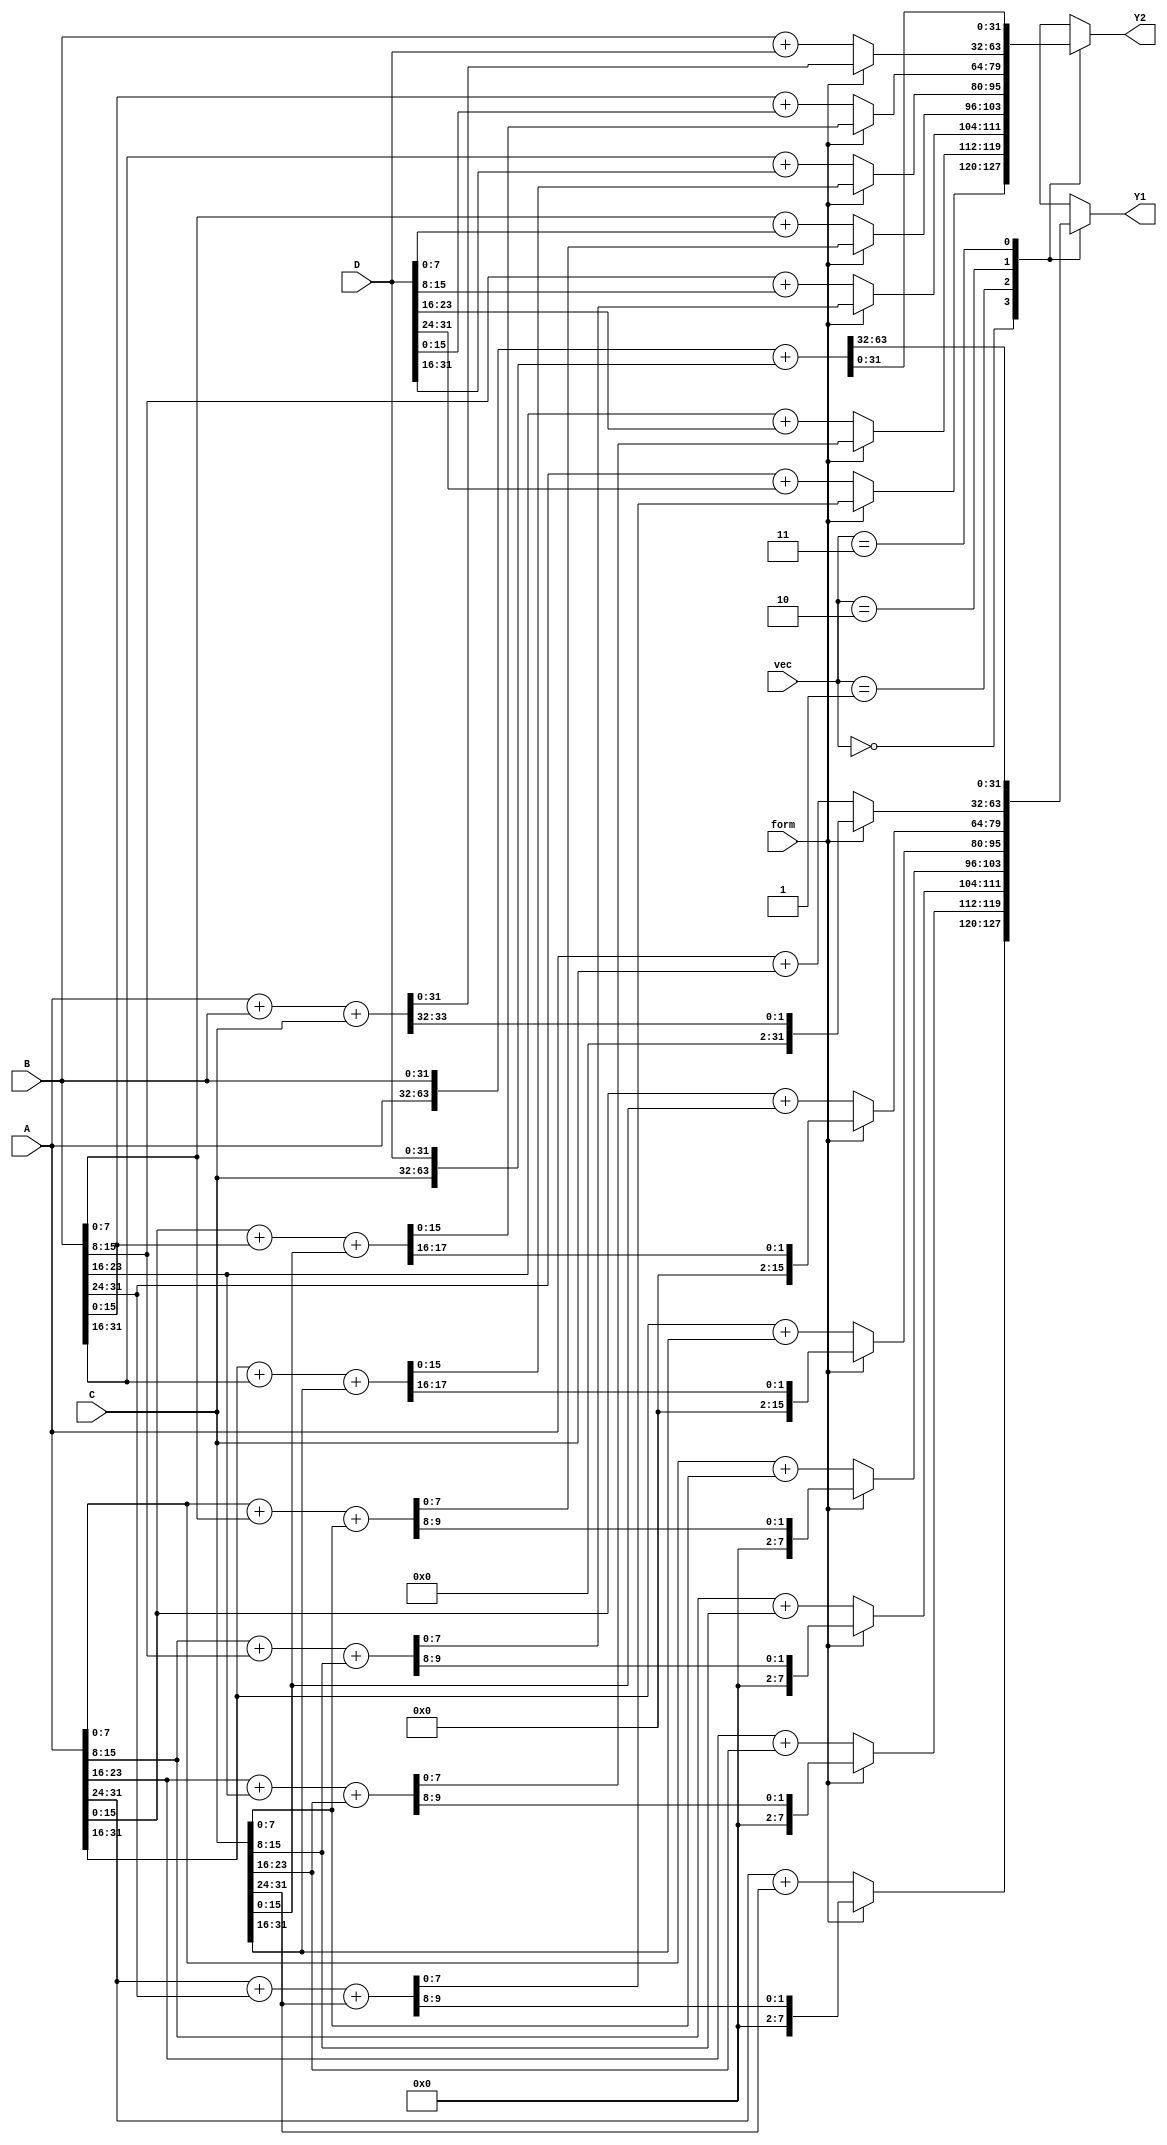
module adder (form, vec, A, B, C, D, Y1, Y2);

  input form;
  input[1:0] vec;
  input[31:0] A, B, C, D;
  output [31:0] Y1, Y2;

  reg [31:0]Y1_preci[3:0];
  reg [31:0]Y2_preci[3:0];

  generate
  genvar preci;
  for(preci = 0; preci < 3; preci = preci + 1) begin : precgen_add
    genvar biti;
    localparam integer nobits = (1 << (preci + 3));
    for(biti = 0; biti < 32/nobits; biti = biti + 1) begin : bitgen_add
      localparam integer lb = (biti + 1)*nobits - 1;
      localparam integer rb = biti*nobits;
		  always @(*) begin
		    if(!form) begin
            Y1_preci[preci][lb:rb] = A[lb:rb] + C[lb:rb];
            Y2_preci[preci][lb:rb] = B[lb:rb] + D[lb:rb];
			 end
          else begin
            {Y1_preci[preci][lb:rb], Y2_preci[preci][lb:rb]} = A[lb:rb] + B[lb:rb] + C[lb:rb];
          end
		  end
    end
  end
  endgenerate

  always@(*) begin
    {Y1_preci[3], Y2_preci[3]} = {A, B} + {C, D};
  end

  assign {Y1, Y2} = {Y1_preci[vec], Y2_preci[vec]};

endmodule